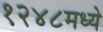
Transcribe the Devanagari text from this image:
१२४८मध्ये